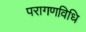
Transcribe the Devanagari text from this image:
परागणविधि